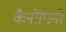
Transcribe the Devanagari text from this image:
कैनोपिनों